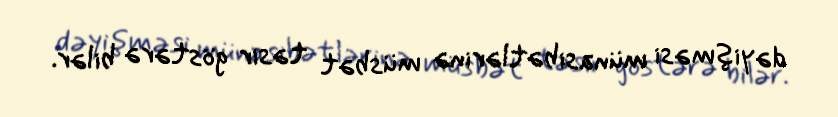
dəyişməsi münasibətlərinə müsbət təsir göstərə bilər.